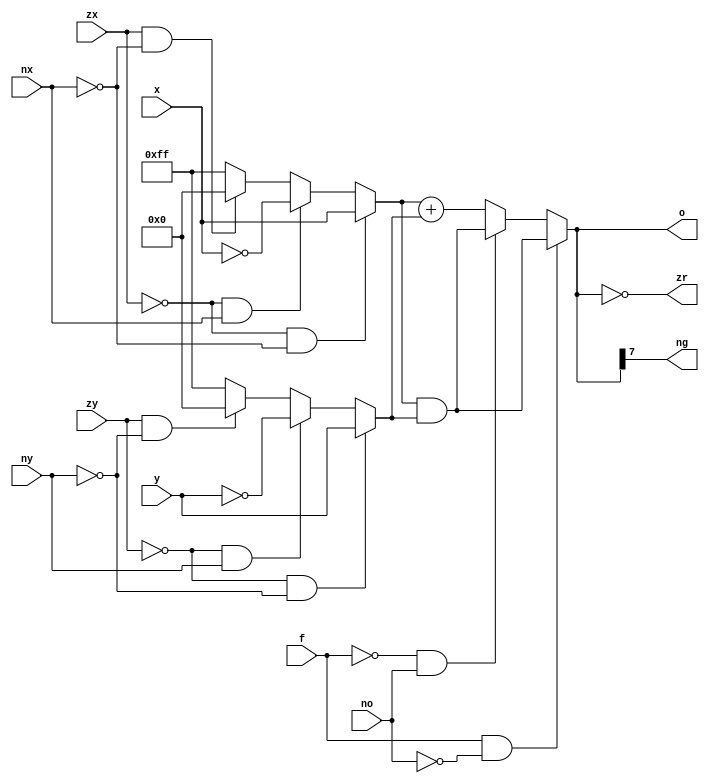
`timescale 1ns / 1ps
//////////////////////////////////////////////////////////////////////////////////
// Company: 
// Engineer: 
// 
// Design Name: 
// Module Name: calc
// Project Name: 
// Target Devices: 
// Tool Versions: 
// Description: 
// 
// Dependencies: 
// 
// Revision:
// Revision 0.01 - File Created
// Additional Comments:
// 
//////////////////////////////////////////////////////////////////////////////////
module Calc(
    input [7:0] x,y,
    input zx,nx,zy,ny,f,no,
    output [7:0] o,
    output zr,ng
    );
    wire [7:0] X,Y;

    // Assigning the values of X and Y
    assign X = ((~zx)&(~nx))?x:((~zx)&nx)?(~x):(zx&(~nx))?8'b0:(~8'b0);
    assign Y = ((~zy)&(~ny))?y:((~zy)&ny)?(~y):(zy&(~ny))?8'b0:(~8'b0);

    // Assigning the final output
    assign o = ((f)&(~no))?(X&Y):((~f)&no)?((X&Y)):(f&(no))?(X+Y):((X+Y));

    // Output control bit for zr
    assign zr = (o==0);

    // Output control bit for ng
    assign ng = o[7];

endmodule